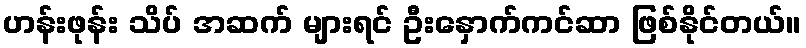
ဟန်းဖုန်း သိပ် အဆက် များရင် ဦးနှောက်ကင်ဆာ ဖြစ်နိုင်တယ်။